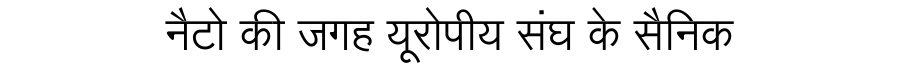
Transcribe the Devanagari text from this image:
नैटो की जगह यूरोपीय संघ के सैनिक